Sanitation, dispensaries and jails vaccination Rajputana 1922-1927 - 1922-1927
Year: 1922
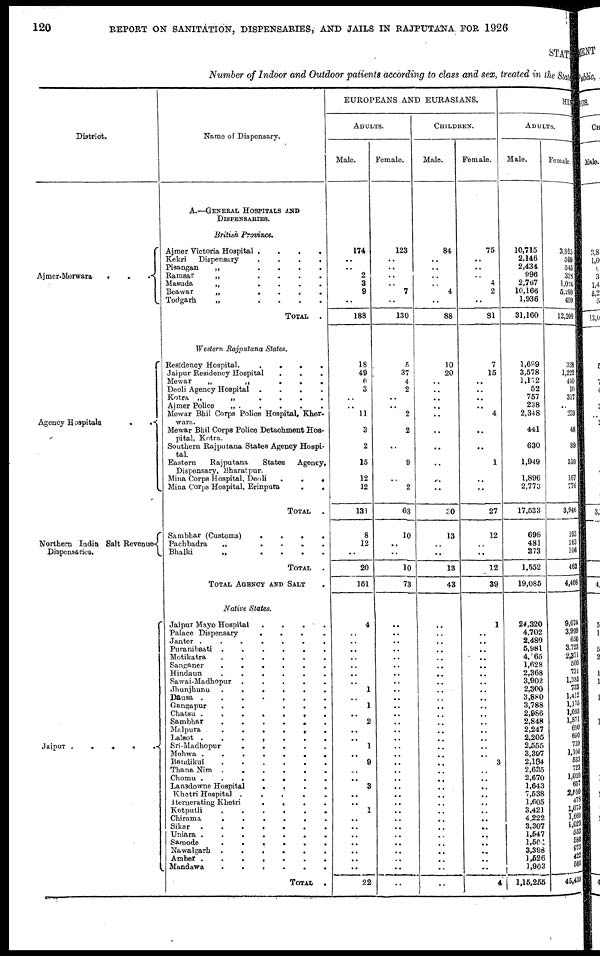
120
REPORT ON SANITATION, DISPENSARIES, AND JAILS IN RAJPUTANA FOR 1926
STATE
Number of Indoor and Outdoor patients according to class and sex, treated in the State
District.
Ajmer-Merwara
...
Agency Hospitals
..
Northern India Salt Revenue
Dispensaries.
Jaipur
.....
Name of Dispensary.
A.—GENERAL HOSPITALS AND
DISPENSARIES.
British Province.
Ajmer Victoria Hospital
....
Kekri
Dispensary
....
Pisangan
„
....
Ramsar
„
....
Masuda
„
....
Beawar
„
....
Todgarh
„
....
TOTAL
.
Western Rajputana States.
Residency Hospital.
....
Jaipur Residency Hospital ...
Mewar
„
„
...
Deoli Agency Hospital
....
Kotra „
„
....
Ajmer Police
„ ...
Mewar Bhil Corps Police Hospital, Kher-
wara.
Mewar Bhil Corps Police Detachment Hos-
pital, Kotra.
Southern Rajputana States Agency Hospi-
tal.
Eastern
Rajputana
States
Agency,
Dispensary, Bharatpur.
Mina Corps Hospital, Deoli
...
Mina Corps Hospital, Erinpura
.
.
TOTAL .
Sambhar (Customs)
....
Pachbadra
„
....
Bhalki
„
....
TOTAL .
TOTAL AGENCY AND SALT .
Native States.
Jaipur Mayo Hospital
....
Palace Dispensary
....
Janter
.......
Puranibasti
......
Motikatra
......
Sanganer
......
Hindaun
......
Sawai-Madhopur
.....
Jhunjhunu
......
Dausa
.......
Gangapur
.....
Chatsu
.......
Sambhar
......
Malpura
......
Lalsot
.......
Sri-Madhopur
Mohwa
.......
Bandikui
......
Thana Nim
......
Chomu
.......
Lanadowne Hospital
....
Khetri Hospital
.....
Iternerating Khetri
....
Kotputli
......
Chirama
......
Sikar
.......
Uniara
.......
Samode
......
Nawalgarh
......
Amber
.......
Mandawa
......
TOTAL
.
EUROPEANS AND EURASIANS.
ADULTS.
Male.
174
..
..
2
3
9
..
188
18
49
6
3
..
..
11
3
2
15
12
12
131
8
12
..
20
151
4
..
..
..
..
..
..
..
1
..
1
..
2
..
..
1
..
9
..
..
3
..
..
1
..
..
..
..
..
..
..
22
Female.
123
..
..
..
..
7
..
130
5
37
4
2
..
..
2
2
..
9
..
2
63
10
..
..
10
73
..
..
..
..
..
..
..
..
..
..
..
..
..
..
..
..
..
..
..
..
..
..
..
..
..
..
..
..
..
..
..
..
CHILDREN.
Male.
84
..
..
..
..
4
..
88
10
20
..
..
..
..
..
..
..
..
..
..
30
13
..
..
13
43
..
..
..
..
..
..
..
..
..
..
..
..
..
..
..
..
..
..
..
..
..
..
..
..
..
..
..
..
..
..
..
..
Female.
75
..
..
..
4
2
..
81
7
15
..
..
..
..
4
..
..
1
..
..
27
12
..
..
12
39
1
..
..
..
..
..
..
..
..
..
..
..
..
..
..
..
..
3
..
..
..
..
..
..
..
..
..
..
..
..
..
4
HIN
ADULTS.
Male.
10,715
2,146
2,434
996
2,767
10,166
1,936
31,160
1,699
3,578
1,172
52
757
238
2,348
441
630
1,949
1,896
2,773
17,533
698
481
373
1,552
19,085
24,320
4,702
2,480
5,981
4,065
1,628
2,368
3,902
2,300
3,880
3,788
2,986
2,848
2,247
2,205
2,555
3,397
2,134
2,635
2,670
1,643
7,538
1,605
3,421
4,222
3,307
1,547
1,504
3,398
1,526
1,903
1,15,255
Female
3,915
599
545
328
1,024
5,299
499
12,209
328
1,222
440
10
317
..
239
48
89
310
167
776
3,946
193
163
106
462
4,408
9,674
3,999
650
3,723
2,371
560
731
1,385
733
1,412
1,175
1,093
1,871
690
650
739
1,104
533
723
1,039
657
2,599
478
1,075
1,660
1,023
553
580
973
422
560
45,435